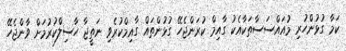
ކަމާ ގުޅުންހުރި މުއައްސަސާތަކާއެކު ގާއިމް ކުރަންޖެހޭ ގުޅުންތައް ގާއިމްކުރެވި ނަތީޖާ ހާސިލްކުރުމަށް ވާންޖެހޭ